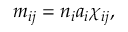
m _ { i j } = n _ { i } a _ { i } \chi _ { i j } ,